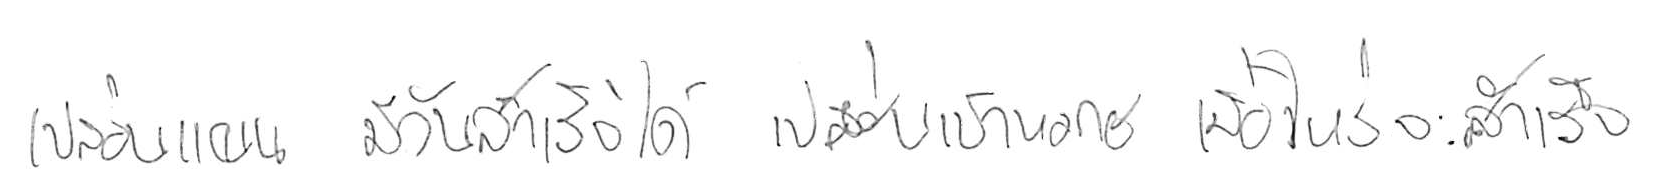
เปลี่ยนแผน มีวันสำเร็จได้ เปลี่ยนเป้าหมาย เมื่อไหร่จะสำเร็จ